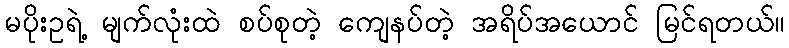
မပိုးဥရဲ့ မျက်လုံးထဲ စပ်စုတဲ့ ကျေနပ်တဲ့ အရိပ်အယောင် မြင်ရတယ်။